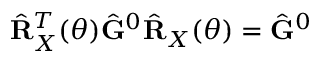
\hat { \mathbf { R } } _ { X } ^ { T } ( \theta ) \hat { \mathbf { G } } ^ { 0 } \hat { \mathbf { R } } _ { X } ( \theta ) = \hat { \mathbf { G } } ^ { 0 }